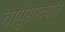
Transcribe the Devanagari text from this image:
वायुसाठ्यात